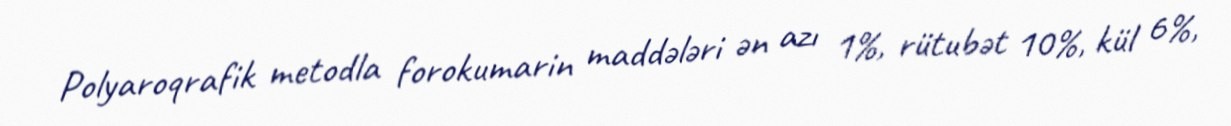
Polyaroqrafik metodla forokumarin maddələri ən azı 1%, rütubət 10%, kül 6%,